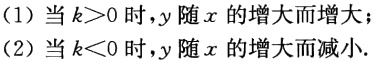
(1) 当 \(k > 0\) 时，\(y\) 随 \(x\) 的增大而增大；(2) 当 \(k < 0\) 时，\(y\) 随 \(x\) 的增大而减小.